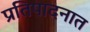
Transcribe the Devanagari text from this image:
प्रतिपादनात